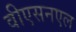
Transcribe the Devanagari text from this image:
वीएसनएल